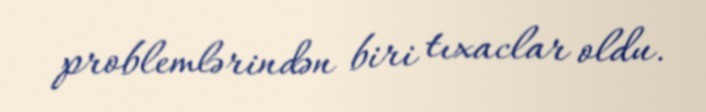
problemlərindən biri tıxaclar oldu.